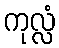
ကုလ္လံ